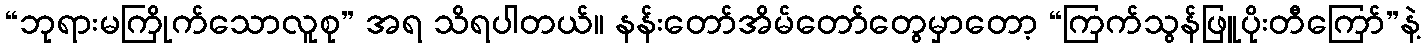
“ဘုရားမကြိုက်သောလူစု” အရ သိရပါတယ်။ နန်းတော်အိမ်တော်တွေမှာတော့ “ကြက်သွန်ဖြူပိုးတီကြော်”နဲ့